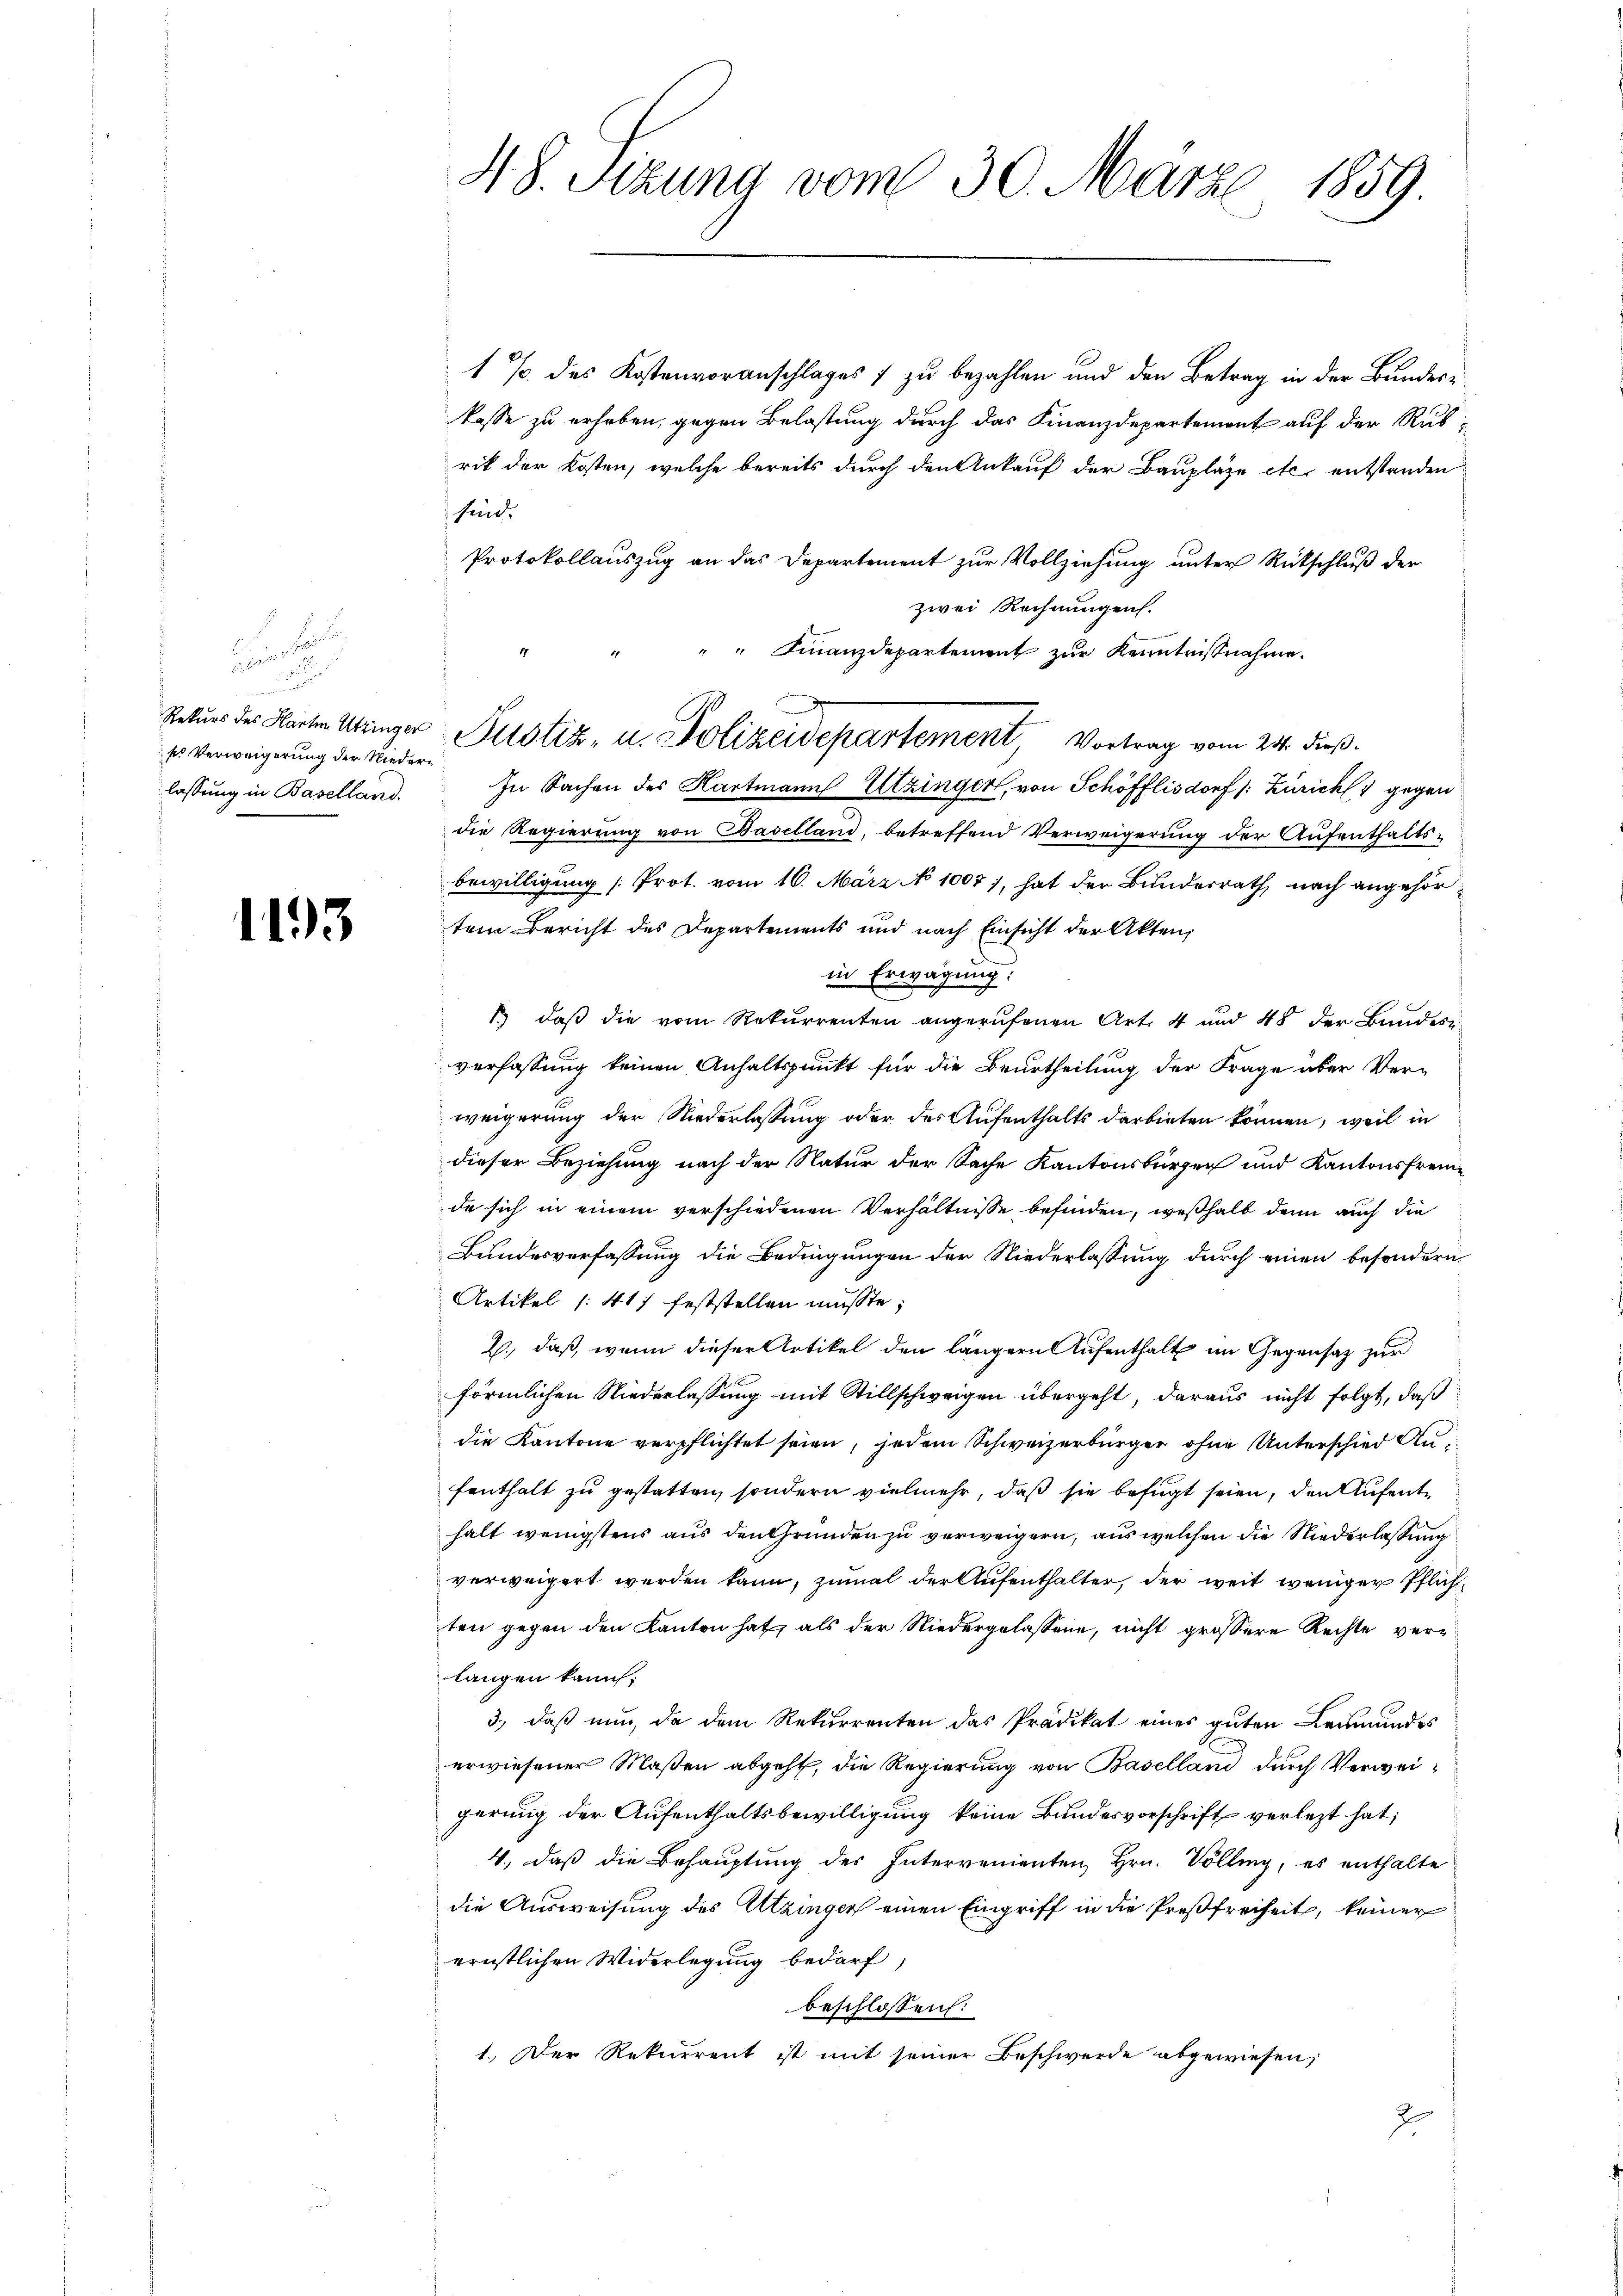
se Verweigerung der Niederlassung in Baselland.

1193

48. Sizung vom 30. März 1859.

1 % des Kostenvoranschlages 1 zu bezahlen und den Betrag in der Bundeskasse zu erhaben, gegen Belastung durch das Finanzdepartemont auf der Rubrik der Kosten, welche bereits durch den Ankauf der Baupläge etc. entstanden
sind.
Protokollauszug an das Departement zur Vollziehung unter Rückschluß der
zwei Rechnungen.
" " Finanzdepartement zur Kenntnisnahme.
4
1
die Regierung von Baselland, betreffend Verweigerung der Aufenthaltsbewilligung [Prot. vom 16. März No 1007), hat der Bunderrath nach angehörtem Bericht des Departements und nach Einsicht der Akten,
in Erwägung:
1.) daß die vom Rekurrenten angerufenen Art. 4 und 48 der Bundes
verfassung keinen Anhaltspunkt für die Beurtheilung der Frage aber Ver-
weigerung der Niederlassung oder des Aufenthalts darbieten können, weil in
dieser Beziehung nach der Natur der Sache Kantonsbürger und Kantonsfremde sich in einem verschiedenen Verhältnisse befinden, weßhalb denn auch die
Bundesverfassung die Bedingungen der Niederlassung durch einen besondern
Artikel /: 411 feststellen müßte;
b., daß, wenn dieser Artikel den längern Aufenthalt im Gegensatz zur
förmlichen Niederlassung mit Stillschweigen übergeht, daraus nicht folgt, daß
die Kantone verpflichtet seien, jedem Schweizerbürger ohne Unterschied Anfenthalt zu gestatten, sondern vielmehr, daß sie befugt seien, den Aufenthalt wenigstens aus den Gründen zu verweigern, aus welchen die Niederlassung
verweigert werden kann, zumal der Aufenthalter, der weit weniger Pflich
ten gegen den Kanton hat, als der Niedergelassene, nicht grössere Rechte verlangen kann.
3., daß nun, da dem Rekurrenten das Prädikat eines guten Leumundes
erwiesener Maßen abgeht, die Regierung von Baselland durch Verweigerung der Aufenthaltsbewilligung keine Bundesvorschrift verletzt hat;
4., daß die Behauptung des Intervenienten, Hrn. Volling, es enthalte
die Ausweisung des Utzinger einen Eingriff in die Preßfreiheit, keiner
ernstlichen Widerlegung bedarf
beschlossen:
1.) Der Rekurrent ist mit seiner Beschwerde abgewiesen,
J

Rekurs der Harten Abringer Justiz- u. Polizeidepartement, Vortrag vom 23. dieß.
In Sachen des Hartmann Utzinger, von Schöfflisdorf /: Zürich gegen